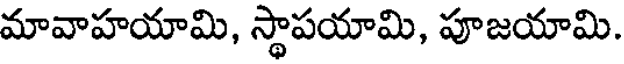
మావాహయామి, స్థాపయామి, పూజయామి.